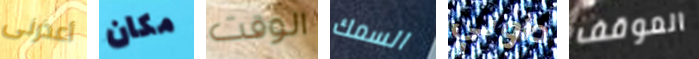
أعذرنى مكان الوقت السمك داوني الموقف